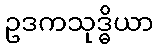
ဥဒကသုဒ္ဓိယာ